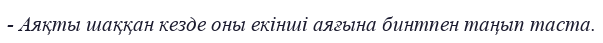
- Аяқты шаққан кезде оны екінші аяғына бинтпен таңып таста.